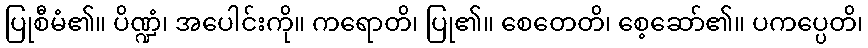
ပြုစီမံ၏။ ပိဏ္ဍံ၊ အပေါင်းကို။ ကရောတိ၊ ပြု၏။ စေတေတိ၊ စေ့ဆော်၏။ ပကပ္ပေတိ၊